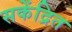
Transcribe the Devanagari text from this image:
सकेंद्रित